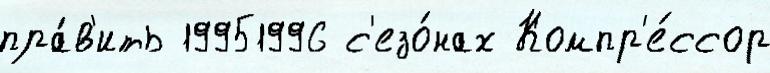
пра́в'ить 19951996 с'езо́нах Компр'е́ссор